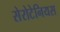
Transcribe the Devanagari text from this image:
सेरोटेनियस